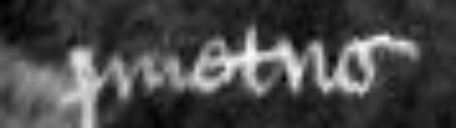
quietus